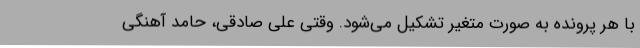
با هر پرونده به صورت متغیر تشکیل می‌شود. وقتی علی صادقی، حامد آهنگی